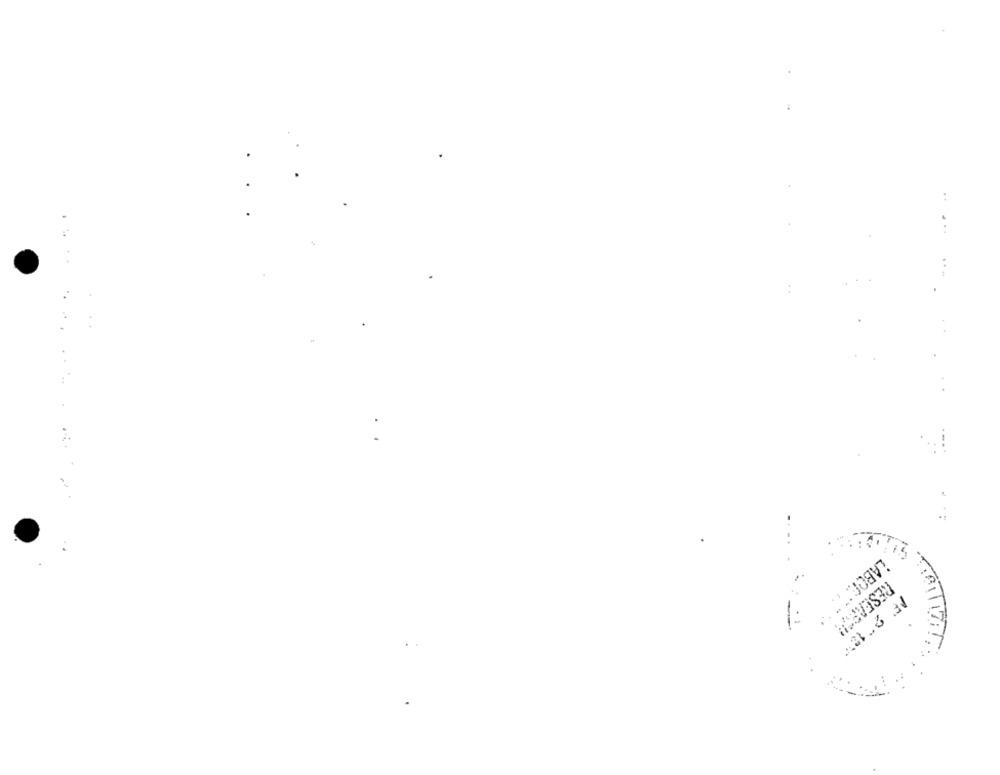
...
....
....
LABOR* *
RESEAR","
IF' 2 " 12"